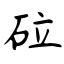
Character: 砬